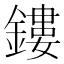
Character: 鏤